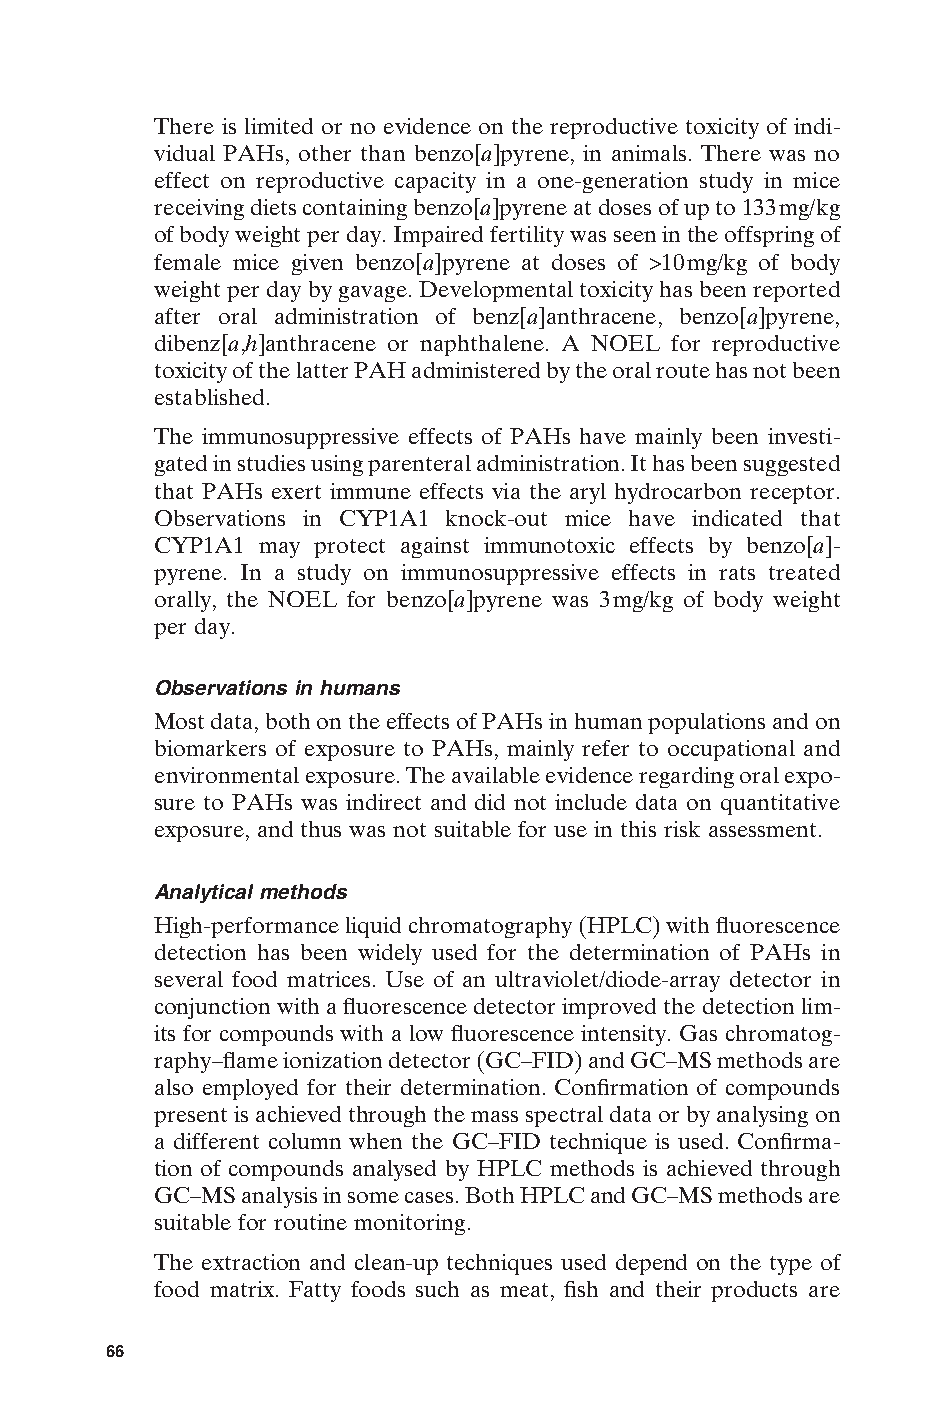
There is limited or no evidence on the reproductive toxicity of indi-
 vidual PAHs, other than benzo[a]pyrene, in animals. There was no
 effect on reproductive capacity in a one-generation study in mice
 receiving diets containing benzo[a]pyrene at doses of up to 133mg/kg
 of body weight per day. Impaired fertility was seen in the offspring of
 female mice given benzo[a]pyrene at doses of >10mg/kg of body
 weight per day by gavage. Developmental toxicity has been reported
 after oral administration of benz[a]anthracene, benzo[a]pyrene,
 dibenz[a,h]anthracene or naphthalene. A NOEL for reproductive
 toxicity of the latter PAH administered by the oral route has not been
 established.
 The immunosuppressive effects of PAHs have mainly been investi-
 gated in studies using parenteral administration. It has been suggested
 that PAHs exert immune effects via the aryl hydrocarbon receptor.
 Observations in CYP1A1 knock-out mice have indicated that
 CYP1A1 may protect against immunotoxic effects by benzo[a]-
 pyrene. In a study on immunosuppressive effects in rats treated
 orally, the NOEL for benzo[a]pyrene was 3mg/kg of body weight
 per day.
 Observations in humans
 Most data, both on the effects of PAHs in human populations and on
 biomarkers of exposure to PAHs, mainly refer to occupational and
 environmental exposure. The available evidence regarding oral expo-
 sure to PAHs was indirect and did not include data on quantitative
 exposure, and thus was not suitable for use in this risk assessment.
 Analytical methods
 High-performance liquid chromatography (HPLC) with fluorescence
 detection has been widely used for the determination of PAHs in
 several food matrices. Use of an ultraviolet/diode-array detector in
 conjunction with a fluorescence detector improved the detection lim-
 its for compounds with a low fluorescence intensity. Gas chromatog-
 raphy–flame ionization detector (GC–FID) and GC–MS methods are
 also employed for their determination. Confirmation of compounds
 present is achieved through the mass spectral data or by analysing on
 a different column when the GC–FID technique is used. Confirma-
 tion of compounds analysed by HPLC methods is achieved through
 GC–MS analysis in some cases. Both HPLC and GC–MS methods are
 suitable for routine monitoring.
 The extraction and clean-up techniques used depend on the type of
 E
 food matrix. Fatty foods such as meat, fish and their products are
 66
 Untitled-4       66                    12/20/05, 19:53